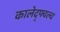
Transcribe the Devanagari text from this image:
कालेद्फ्वल्च